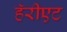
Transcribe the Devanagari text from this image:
हॅरीएट